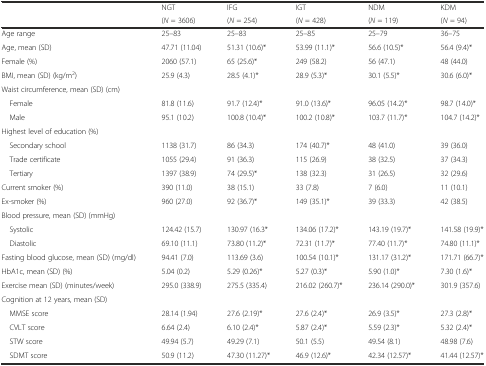
<table><thead><tr><td></td><td><b>NGT</b></td><td><b>IFG</b></td><td><b>IGT</b></td><td><b>NDM</b></td><td><b>KDM</b></td></tr><tr><td></td><td><b>(<i>N</i> = 3606)</b></td><td><b>(<i>N</i> = 254)</b></td><td><b>(<i>N</i> = 428)</b></td><td><b>(<i>N</i> = 119)</b></td><td><b>(<i>N</i> = 94)</b></td></tr></thead><tbody><tr><td>Age range</td><td>25–83</td><td>25–83</td><td>25–85</td><td>25–79</td><td>36–75</td></tr><tr><td>Age, mean (SD)</td><td>47.71 (11.04)</td><td>51.31 (10.6)*</td><td>53.99 (11.1)*</td><td>56.6 (10.5)*</td><td>56.4 (9.4)*</td></tr><tr><td>Female (%)</td><td>2060 (57.1)</td><td>65 (25.6)*</td><td>249 (58.2)</td><td>56 (47.1)</td><td>48 (44.0)</td></tr><tr><td>BMI, mean (SD) (kg/m<sup>2</sup>)</td><td>25.9 (4.3)</td><td>28.5 (4.1)*</td><td>28.9 (5.3)*</td><td>30.1 (5.5)*</td><td>30.6 (6.0)*</td></tr><tr><td>Waist circumference, mean (SD) (cm)</td><td></td><td></td><td></td><td></td><td></td></tr><tr><td> Female</td><td>81.8 (11.6)</td><td>91.7 (12.4)*</td><td>91.0 (13.6)*</td><td>96.05 (14.2)*</td><td>98.7 (14.0)*</td></tr><tr><td> Male</td><td>95.1 (10.2)</td><td>100.8 (10.4)*</td><td>100.2 (10.8)*</td><td>103.7 (11.7)*</td><td>104.7 (14.2)*</td></tr><tr><td>Highest level of education (%)</td><td></td><td></td><td></td><td></td><td></td></tr><tr><td> Secondary school</td><td>1138 (31.7)</td><td>86 (34.3)</td><td>174 (40.7)*</td><td>48 (41.0)</td><td>39 (36.0)</td></tr><tr><td> Trade certificate</td><td>1055 (29.4)</td><td>91 (36.3)</td><td>115 (26.9)</td><td>38 (32.5)</td><td>37 (34.3)</td></tr><tr><td> Tertiary</td><td>1397 (38.9)</td><td>74 (29.5)*</td><td>138 (32.3)</td><td>31 (26.5)</td><td>32 (29.6)</td></tr><tr><td>Current smoker (%)</td><td>390 (11.0)</td><td>38 (15.1)</td><td>33 (7.8)</td><td>7 (6.0)</td><td>11 (10.1)</td></tr><tr><td>Ex-smoker (%)</td><td>960 (27.0)</td><td>92 (36.7)*</td><td>149 (35.1)*</td><td>39 (33.3)</td><td>42 (38.5)</td></tr><tr><td>Blood pressure, mean (SD) (mmHg)</td><td></td><td></td><td></td><td></td><td></td></tr><tr><td> Systolic</td><td>124.42 (15.7)</td><td>130.97 (16.3*</td><td>134.06 (17.2)*</td><td>143.19 (19.7)*</td><td>141.58 (19.9)*</td></tr><tr><td> Diastolic</td><td>69.10 (11.1)</td><td>73.80 (11.2)*</td><td>72.31 (11.7)*</td><td>77.40 (11.7)*</td><td>74.80 (11.1)*</td></tr><tr><td>Fasting blood glucose, mean (SD) (mg/dl)</td><td>94.41 (7.0)</td><td>113.69 (3.6)</td><td>100.54 (10.1)*</td><td>131.17 (31.2)*</td><td>171.71 (66.7)*</td></tr><tr><td>HbA1c, mean (SD) (%)</td><td>5.04 (0.2)</td><td>5.29 (0.26)*</td><td>5.27 (0.3)*</td><td>5.90 (1.0)*</td><td>7.30 (1.6)*</td></tr><tr><td>Exercise mean (SD) (minutes/week)</td><td>295.0 (338.9)</td><td>275.5 (335.4)</td><td>216.02 (260.7)*</td><td>236.14 (290.0)*</td><td>301.9 (357.6)</td></tr><tr><td>Cognition at 12 years, mean (SD)</td><td></td><td></td><td></td><td></td><td></td></tr><tr><td> MMSE score</td><td>28.14 (1.94)</td><td>27.6 (2.19)*</td><td>27.6 (2.4)*</td><td>26.9 (3.5)*</td><td>27.3 (2.8)*</td></tr><tr><td> CVLT score</td><td>6.64 (2.4)</td><td>6.10 (2.4)*</td><td>5.87 (2.4)*</td><td>5.59 (2.3)*</td><td>5.32 (2.4)*</td></tr><tr><td> STW score</td><td>49.94 (5.7)</td><td>49.29 (7.1)</td><td>50.1 (5.5)</td><td>49.54 (8.1)</td><td>48.98 (7.6)</td></tr><tr><td> SDMT score</td><td>50.9 (11.2)</td><td>47.30 (11.27)*</td><td>46.9 (12.6)*</td><td>42.34 (12.57)*</td><td>41.44 (12.57)*</td></tr></tbody></table>